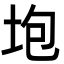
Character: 垉